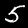
Digit: 5